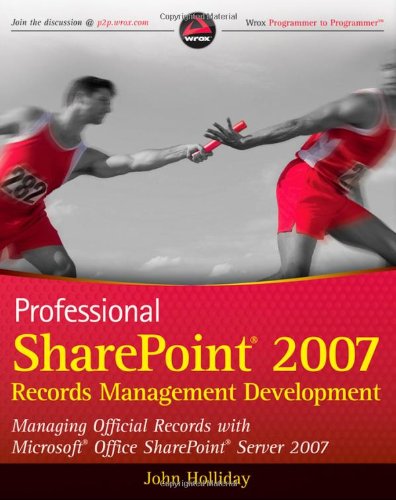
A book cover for Professional SharePoint 2007 Records Management Development: Managing Official Records with Microsoft Office SharePoint Server 2007 (Wrox Programmer to Programmer); John Holliday; Computers & Technology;